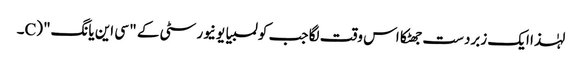
لہٰذا ایک زبردست جھٹکا اس وقت لگا جب کولمبیا یونیورسٹی کے " سی این یانگ" (C۔